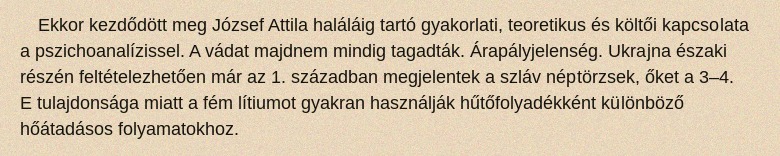
Ekkor kezdődött meg József Attila haláláig tartó gyakorlati, teoretikus és költői kapcsolata a pszichoanalízissel. A vádat majdnem mindig tagadták. Árapályjelenség. Ukrajna északi részén feltételezhetően már az 1. században megjelentek a szláv néptörzsek, őket a 3–4. E tulajdonsága miatt a fém lítiumot gyakran használják hűtőfolyadékként különböző hőátadásos folyamatokhoz.